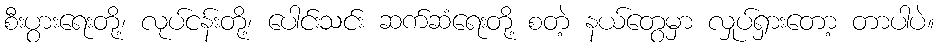
စီးပွားရေးတို့၊ လုပ်ငန်းတို့၊ ပေါင်းသင်း ဆက်ဆံရေးတို့ စတဲ့ နယ်တွေမှာ လှုပ်ရှားတော့ တာပါပဲ။